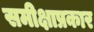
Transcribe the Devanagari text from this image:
समीक्षाप्रकार